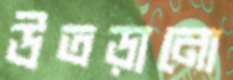
উতড়ানো